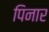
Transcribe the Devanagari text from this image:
पिनार